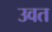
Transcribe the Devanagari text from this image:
उवत